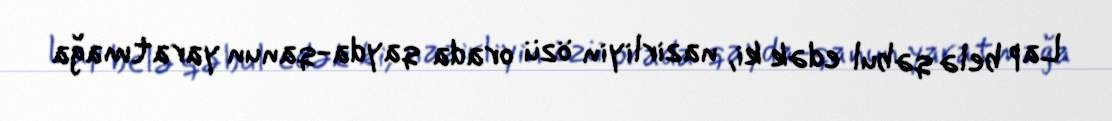
Lap belə qəbul edək ki, nazirliyin özü orada qayda-qanun yaratmağa